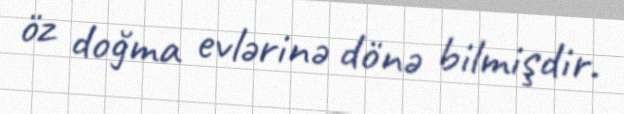
öz doğma evlərinə dönə bilmişdir.